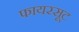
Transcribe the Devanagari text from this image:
फायरसूट